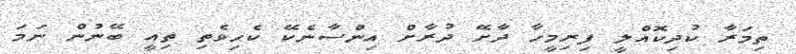
ތިމަރާ ކުދިކޮއްލީ ފިރިމީހާ ދާށޭ ދުރާށް އިންސާނެކޭ ކެހިވެތި ތިއީ ބޭނުން ނަމަ